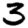
Digit: 3